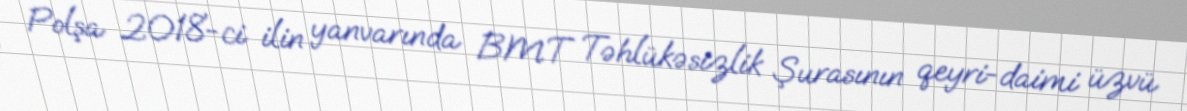
Polşa 2018-ci ilin yanvarında BMT Təhlükəsizlik Şurasının qeyri-daimi üzvü